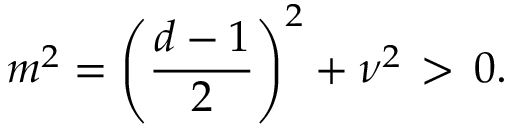
m ^ { 2 } = \left( \frac { d - 1 } { 2 } \right) ^ { 2 } + \nu ^ { 2 } \, > \, 0 .